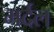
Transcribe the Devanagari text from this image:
मर्दल